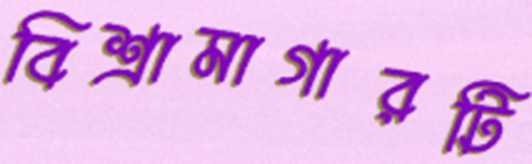
বিশ্রামাগারটি